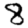
Digit: 8